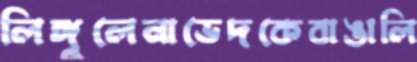
লিঙ্গুলেনাভেদকেবাঙালি